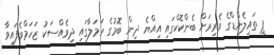
ޕީ ތައިލެންޑްގެ ވެރިރަށް ބެންކޮކްގައި އިއްޔެ ދިން ބޮމުގެ ހަމަލާގައި ދިވެއްސަކު ޒަހަމްވެފައިވާ